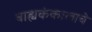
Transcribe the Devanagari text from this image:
बाह्यकंकालाचे